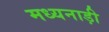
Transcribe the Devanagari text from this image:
मध्यनाड़ी